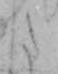
た